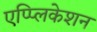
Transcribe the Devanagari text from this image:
एप्प्लिकेशन